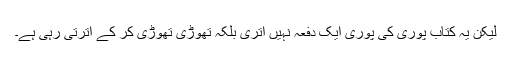
لیکن یہ کتاب پوری کی پوری ایک دفعہ نہیں اتری بلکہ تھوڑی تھوڑی کر کے اترتی رہی ہے۔